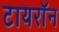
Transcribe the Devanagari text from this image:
टायराॅन